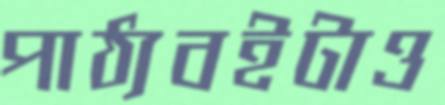
পাঠ্যবইটাও